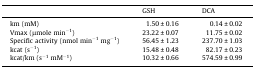
<table><thead><tr><td></td><td><b>GSH</b></td><td><b>DCA</b></td></tr></thead><tbody><tr><td>km (mM)</td><td>1.50 ± 0.16</td><td>0.14 ± 0.02</td></tr><tr><td>Vmax (μmole min<sup>−1</sup>)</td><td>23.22 ± 0.07</td><td>11.75 ± 0.02 </td></tr><tr><td>Specific activity (nmol min<sup>−1</sup> mg<sup>−1</sup>)</td><td>56.45 ± 1.23</td><td>237.70 ± 1.03 </td></tr><tr><td>kcat (s<sup>−1</sup>)</td><td>15.48 ± 0.48</td><td>82.17 ± 0.23 </td></tr><tr><td>kcat/km (s<sup>−1</sup> mM<sup>−1</sup>)</td><td>10.32 ± 0.66</td><td>574.59 ± 0.99</td></tr></tbody></table>